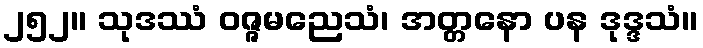
၂၅၂။ သုဒဿံ ဝဇ္ဇမညေသံ၊ အတ္တနော ပန ဒုဒ္ဒသံ။